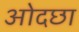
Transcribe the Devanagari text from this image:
ओदछा